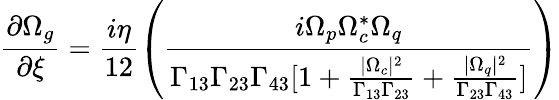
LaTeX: \frac{\partial\Omega_{g}}{\partial\xi}=\frac{i\eta}{12}\left(\frac{i\Omega_{p}\Omega_{c}^{*}\Omega_{q}}{\Gamma_{13}\Gamma_{23}\Gamma_{43}[1+\frac{|\Omega_{c}|^{2}}{\Gamma_{13}\Gamma_{23}}+\frac{|\Omega_{q}|^{2}}{\Gamma_{23}\Gamma_{43}}]}\right)